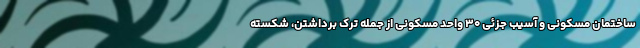
ساختمان مسکونی و آسیب جزئی ۳۰ واحد مسکونی از جمله ترک برداشتن، شکسته